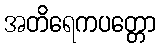
အတိရေကပတ္တော